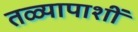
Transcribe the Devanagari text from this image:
तळ्यापाशीं